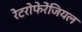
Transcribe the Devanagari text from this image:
रेटरोफेरेंजियल